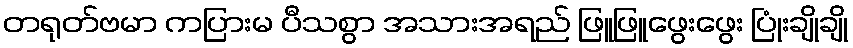
တရုတ်ဗမာ ကပြားမ ပီသစွာ အသားအရည် ဖြူဖြူဖွေးဖွေး ပြုံးချိုချို